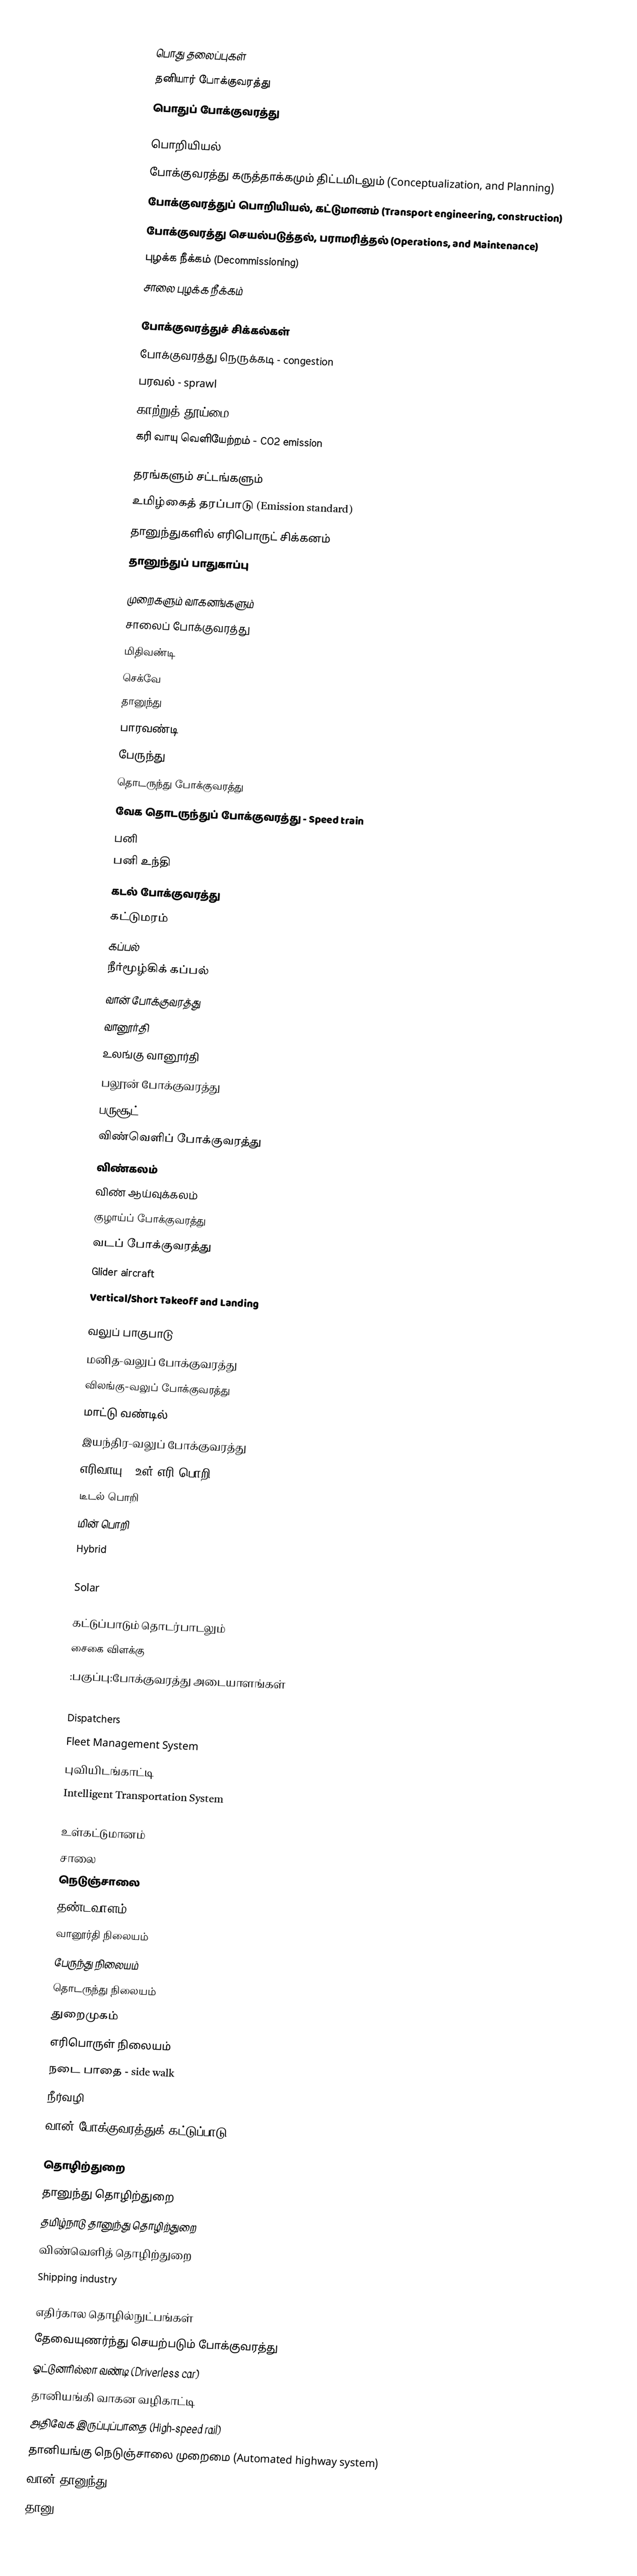

பொது தலைப்புகள்
 தனியார் போக்குவரத்து
 பொதுப் போக்குவரத்து

பொறியியல்
 போக்குவரத்து கருத்தாக்கமும் திட்டமிடலும் (Conceptualization, and Planning)
 போக்குவரத்துப் பொறியியல், கட்டுமானம் (Transport engineering, construction)
 போக்குவரத்து செயல்படுத்தல், பராமரித்தல் (Operations, and Maintenance)
 புழக்க நீக்கம் (Decommissioning)
 சாலை புழக்க நீக்கம்

போக்குவரத்துச் சிக்கல்கள்
 போக்குவரத்து நெருக்கடி - congestion
 பரவல் - sprawl
 காற்றுத் தூய்மை - air quality
 கரி வாயு வெளியேற்றம் - CO2 emission

தரங்களும் சட்டங்களும்
 உமிழ்கைத் தரப்பாடு (Emission standard)
 தானுந்துகளில் எரிபொருட் சிக்கனம்
 தானுந்துப் பாதுகாப்பு

முறைகளும் வாகனங்களும்
 சாலைப் போக்குவரத்து
 மிதிவண்டி
 செக்வே
 தானுந்து
 பாரவண்டி
 பேருந்து
 தொடருந்து போக்குவரத்து
 வேக தொடருந்துப் போக்குவரத்து - Speed train
 பனி
 பனி உந்தி
 கடல் போக்குவரத்து
 கட்டுமரம்
 கப்பல்
 நீர்மூழ்கிக் கப்பல்
 வான் போக்குவரத்து
 வானூர்தி
 உலங்கு வானூர்தி
 பலூன் போக்குவரத்து
 பருசூட்
 விண்வெளிப் போக்குவரத்து
 விண்கலம்
 விண் ஆய்வுக்கலம்
 குழாய்ப் போக்குவரத்து
 வடப் போக்குவரத்து
 Glider aircraft
 Vertical/Short Takeoff and Landing

வலுப் பாகுபாடு
 மனித-வலுப் போக்குவரத்து
 விலங்கு-வலுப் போக்குவரத்து
 மாட்டு வண்டில்
 இயந்திர-வலுப் போக்குவரத்து
 எரிவாயு - உள் எரி பொறி
 டீடல் பொறி
 மின் பொறி
 Hybrid
 Fuel cells
 Solar

கட்டுப்பாடும் தொடர்பாடலும்
 சைகை விளக்கு
 :பகுப்பு:போக்குவரத்து அடையாளங்கள்
 Controllers
 Dispatchers
 Fleet Management System
 புவியிடங்காட்டி
 Intelligent Transportation System

உள்கட்டுமானம்
 சாலை
 நெடுஞ்சாலை
 தண்டவாளம்
 வானூர்தி நிலையம்
 பேருந்து நிலையம்
 தொடருந்து நிலையம்
 துறைமுகம்
 எரிபொருள் நிலையம்
 நடை பாதை - side walk
 நீர்வழி
 வான் போக்குவரத்துக் கட்டுப்பாடு

தொழிற்துறை
 தானுந்து தொழிற்துறை
 தமிழ்நாடு தானுந்து தொழிற்துறை
 விண்வெளித் தொழிற்துறை
 Shipping industry

எதிர்கால தொழில்நுட்பங்கள்
 தேவையுணர்ந்து செயற்படும் போக்குவரத்து
 ஓட்டுனரில்லா வண்டி (Driverless car)
 தானியங்கி வாகன வழிகாட்டி
 அதிவேக இருப்புப்பாதை (High-speed rail)
 தானியங்கு நெடுஞ்சாலை முறைமை (Automated highway system)
 வான் தானுந்து
 தானு